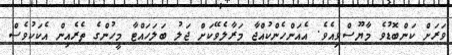
ވަރަށް ކަންބޮޑުވެ މާޔޫސްވިއެވެ. އެއަންހެންކުއްޖާ މަރާލެވޭކަށް ޖަލު ބަލަހައްޓާ މީހުންގެ ތެރެއިން އެކަކުވެސް